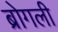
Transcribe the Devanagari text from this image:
ब्रोगली